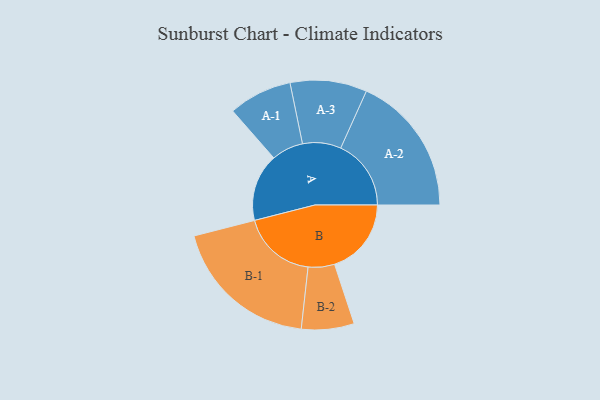
{"axis": {"x": "Segment", "y": "Value"}, "legend": ["", "A", "B"], "data": [{"x": "A", "y": 264, "type": ""}, {"x": "B", "y": 300, "type": ""}, {"x": "A-1", "y": 124, "type": "A"}, {"x": "A-2", "y": 275, "type": "A"}, {"x": "A-3", "y": 150, "type": "A"}, {"x": "B-1", "y": 290, "type": "B"}, {"x": "B-2", "y": 103, "type": "B"}]}